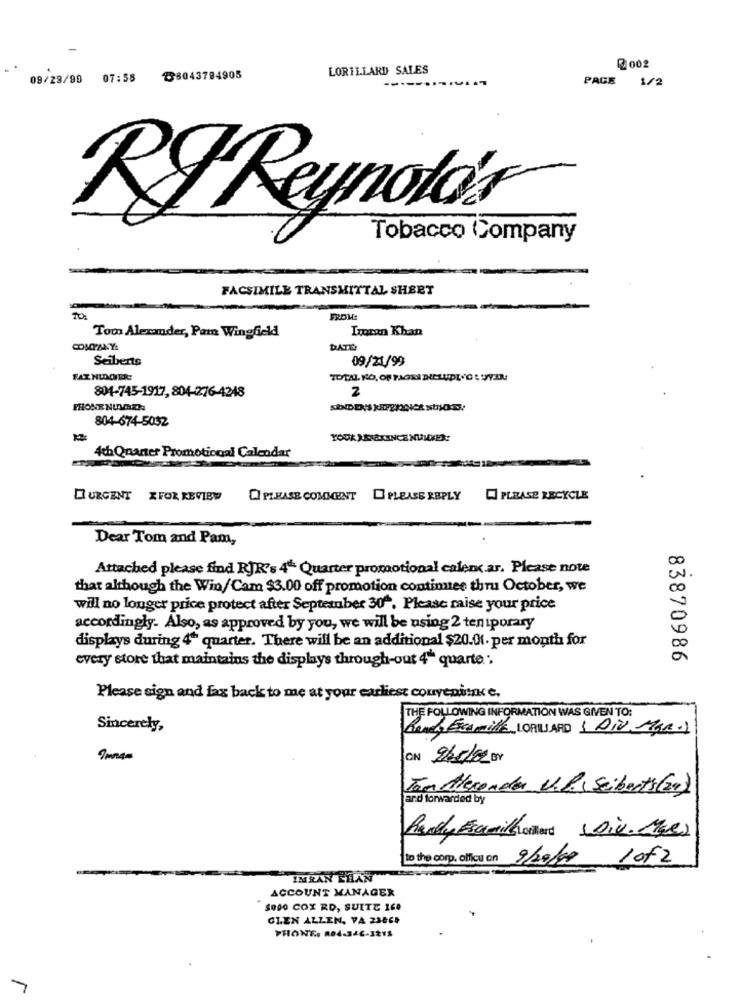
LORILLARD SALES
R 002
09/28/99 07:58
88043784905
---
PAGE
1/2
RF Reynolo's
Tobacco Company
FACSIMILE TRANSMITTAL SHEET
TO
FROM:
Imran Khan
Too Alexander, Pam Wingfield
COMPANY:
Seiberts
09/21/99
801-745-1917, 804-276-4248
2
PHONE NUMBER
804-674-5032
YOUR JENEKENCE NUMKER:
4th Quaner Promotional Calendar
URGENT XFOR REVIEW
PLEASE COMMENT PLEASE REPLY
PLEASE RECYCLE
Dear Tom and Pam,
Attached please find RJR's 4- Quarter promotional calentar. Please note
that although the Win/Cam $3.00 off promotion continuee thru October, we
will no longer price protect after Septetuber 304, Please raise your price
accordingly. Also, as approved by you, we will be using 2 ten iporary
displays during 4" quarter. There will be an additional $20.01. per month for
83870986
every store that maintains the displays through-out 4" quarte ;
Please sign and fax back to me at your earliest convenience.
THE FOLLOWING INFORMATION WAS GIVEN TO:
Sincerely,
Renes Famille LORISARD & DIN Mar.
ON 2/5/02 BY
Tom Alexander V.P.s Seiberts(20)
and forwarded by
Randy Auraithollard (Div. Me)
to the corp. officu on
9/20/09
1 of2
IMRAN EHAN
ACCOUNT MANAGER
5000 COX RO, SUITE ICO
GLEN ALLEN, VA 23868
PHONE, 804-346-321%